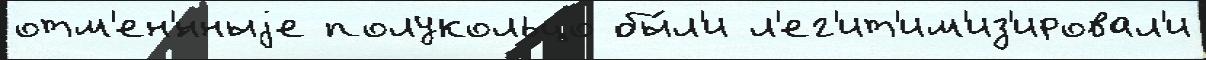
отм'ен'́нныjе полукольцо бы́л'и л'ег'ит'им'из'ировал'и